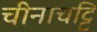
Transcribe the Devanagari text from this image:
चीनाचट्टि